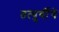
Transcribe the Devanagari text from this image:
तत्पुर्वीचे